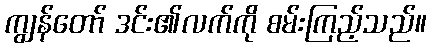
ကျွန်တော် ဒင်း၏လက်ကို စမ်းကြည့်သည်။